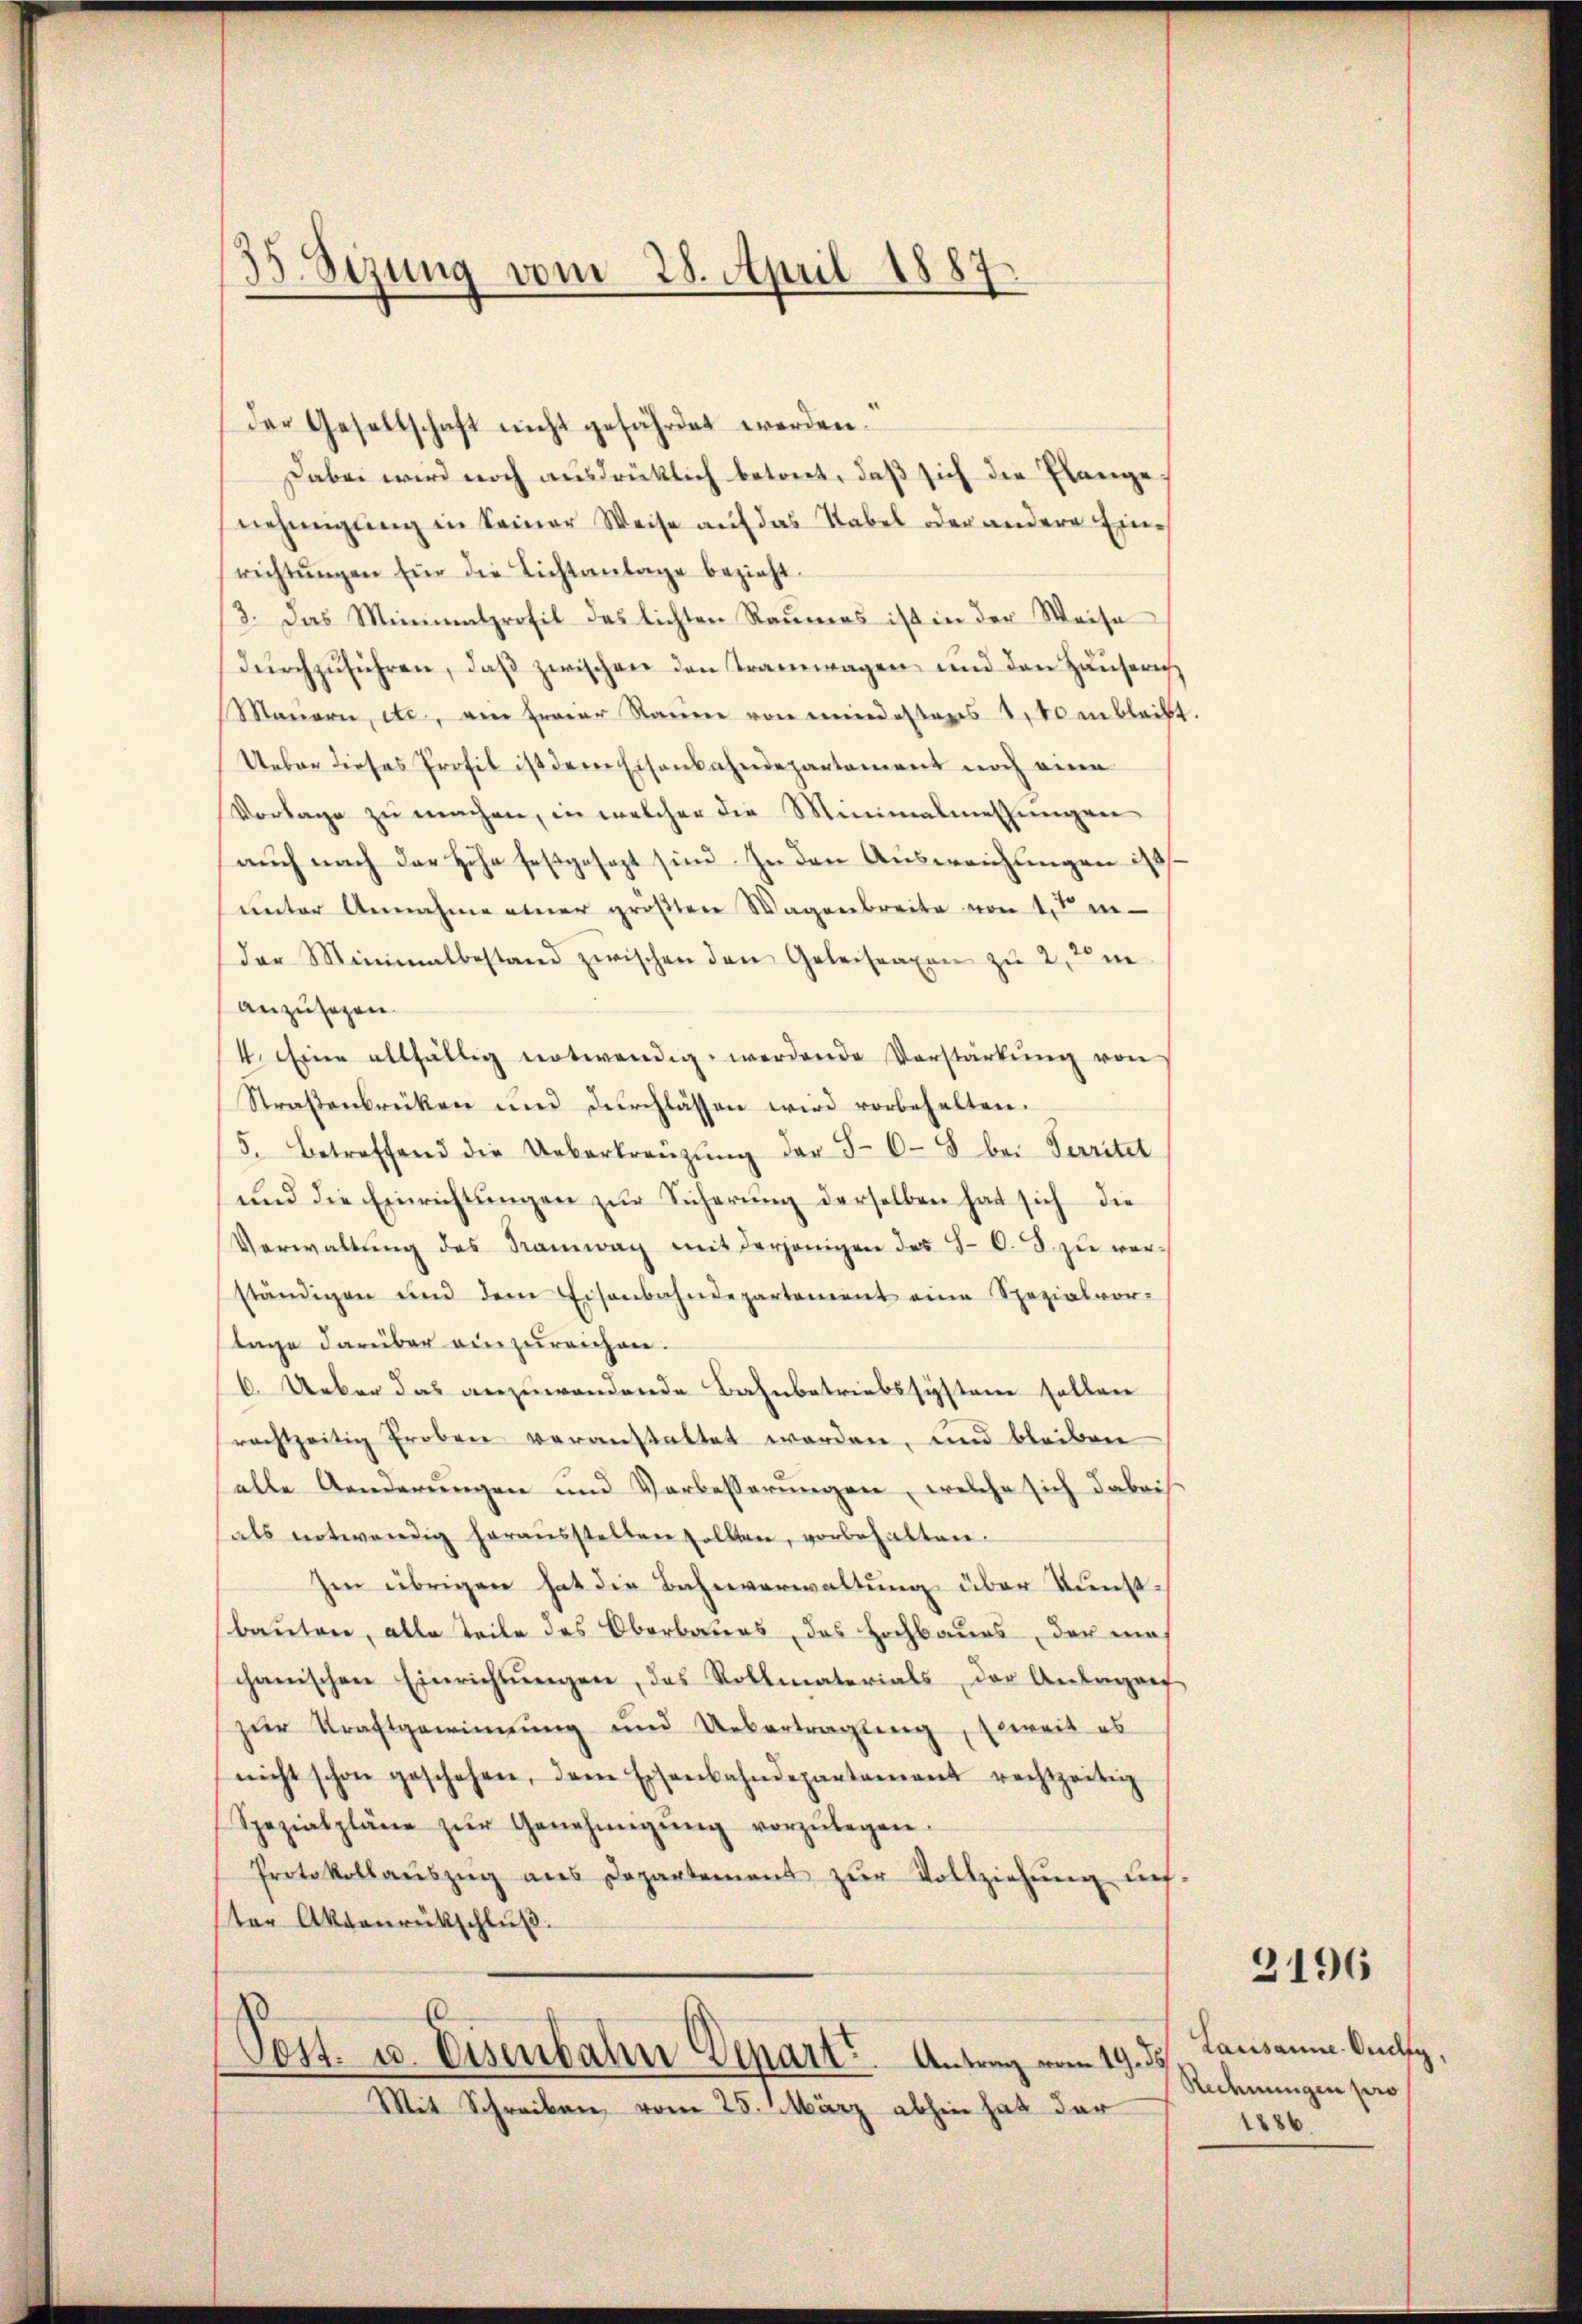
der Gesellschaft nicht gefährdet werden.
Dabei wird noch ausdrücklich betont, daß sich die Plange
nehmigung in Seiner Weise auf das Stabel oder andere Einrichtŭngen für die Lichtanlage bezieht.
3. Das Minimalprofil des lichten Raumes ist in der Weise
dŭrchzŭführen, daβ zwischen den Tramwagen und den Häuserich
Maŭern, etc. ein Errer Raŭm von mindestens 1100 in bleibt.
Ueber dieses Profil ist dem Eisenbahndepartement noch eine
Vorlage zu machen, in welcher die Minimalmessungen
auch nach der Höhe festgesezt sind in den Ausweichungen ist
unter Annahme einer größten Wagenbreite von 15 i
(der Minimalbestand zwischen den Geleitraxen zŭ 2, 2 m
anzusetzen.
4. Eine allfällig notwendig werdende Vorstärkŭng von
Straßenbrüken und durchlassen wird vorbehalten.
5. Betreffend die Uebertreŭzŭng der S. 68 bei Territet
und die Einrichtŭngen zur Sicherung derselben hat sich die
Verwaltŭng des Kramwag mit derjenigen des 70. 8. zu verständigen und dem Eisenbahndepartement eine Spezialvor-
tage darüber einzureichen.
6. Ueber das anzuwendende Bahnbetriebssigsten sollen
rechtzeitig Proben veranstattet werden, und bleiben
alle Aenderungen und Verbesserungen, welche sich dabei
als notwendig heraŭsstellen sollten, vorbehalten.
Im übrigen hat die Bahnverwaltung über Kunstbauten, alle Teile des Oberbaues, das Hochbaues, der ein
chanischen Einrichtŭngen, das Rollmaterials, der Anlagenf
zur Kraftgewinnung und Uebertragung, soweit es
nicht schon geschehen, dem Eisenbahndepartament rechtzeitig
Spezialpläne zŭr Genehmigŭng vorzŭlegen.
Protokollaŭszŭg aŭs Departement zŭr Vollziehŭng aus-
ter Aktenrütschlŭβ
s
Cott. u. Eisenbahn Depart. Antrag vom 19. d.
Mit Schreiben, vom 25. März abhin hat der

35. Sezung vom 28. April 1887.

3196

Larisanne. Orelig,
Rechnungen pro
1886.